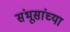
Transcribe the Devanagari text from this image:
संभूसांच्या